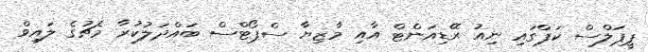
ޕީޕަލްސް ކަޕްގައި ނިއު ރޭޑިއަންޓް އާއި މާޒިޔާ ސްޕޯޓްސް ބައްދަލުކުރާ މެޗުގެ ލައިވް